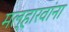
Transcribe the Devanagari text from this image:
मल्हारवांना